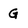
Character: G